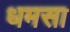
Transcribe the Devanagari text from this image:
धमसा